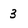
Character: 3